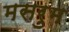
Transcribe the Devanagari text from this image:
मसरुम